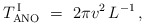
\begin{align*}T_{\rm ANO}^{\, \rm I}\ =\ {2\pi v^2}\, L^{-1}\,,\end{align*}